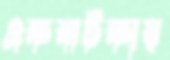
একঝটকায়